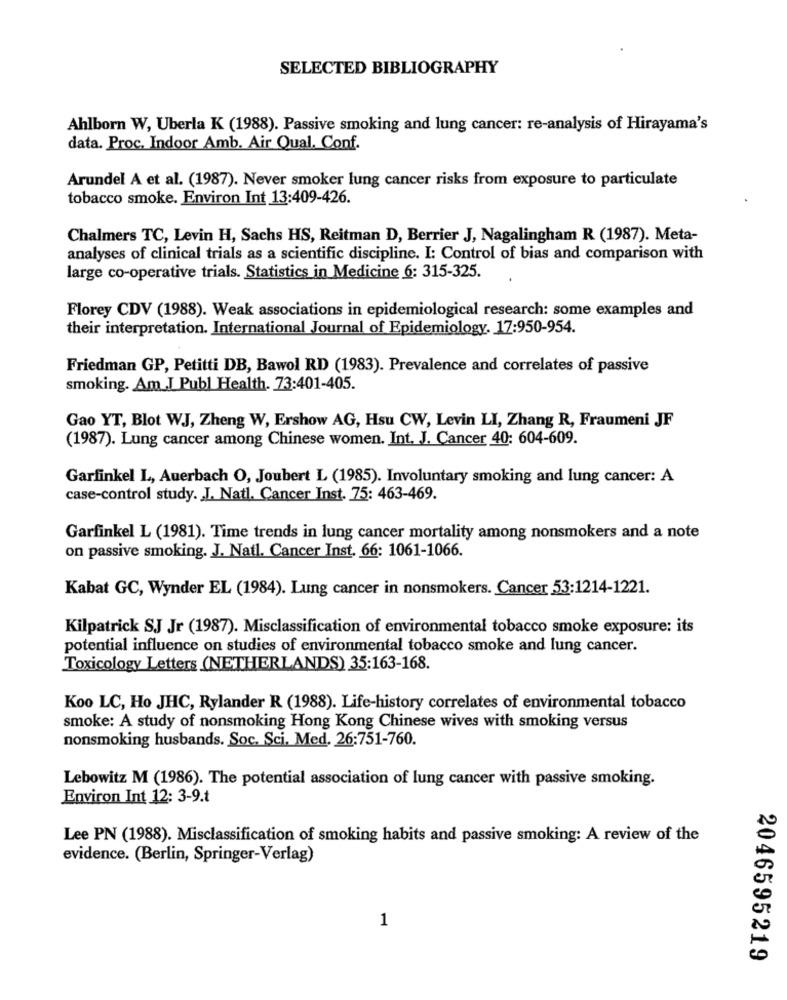
SELECTED BIBLIOGRAPHY
Ahlborn W, Uberla K (1988). Passive smoking and lung cancer: re-analysis of Hirayama's
data. Proc, Indoor Amb. Air Qual. Conf.
Arundel A et al. (1987). Never smoker lung cancer risks from exposure to particulate
tobacco smoke. Environ Int 13:409-426.
Chalmers TC, Levin H, Sachs HS, Reitman D, Berrier J, Nagalingham R (1987). Meta-
analyses of clinical trials as a scientific discipline. I: Control of bias and comparison with
large co-operative trials. Statistics in Medicine 6: 315-325.
Florey CDV (1988). Weak associations in epidemiological research: some examples and
their interpretation. International Journal of Epidemiology. 17:950-954.
Friedman GP, Petitti DB, Bawol RD (1983). Prevalence and correlates of passive
smoking. Am J Publ Health. 73:401-405.
Gao YT, Blot WJ, Zheng W, Ershow AG, Hsu CW, Levin LI, Zhang R, Fraumeni JF
(1987). Lung cancer among Chinese women. Int. J. Cancer 40: 604-609.
Garfinkel L, Auerbach O, Joubert L (1985). Involuntary smoking and lung cancer: A
case-control study. J. Natl. Cancer Inst. 75: 463-469.
Garfinkel L (1981). Time trends in lung cancer mortality among nonsmokers and a note
on passive smoking. J. Natl. Cancer Inst. 66: 1061-1066.
Kabat GC, Wynder EL (1984). Lung cancer in nonsmokers. Cancer 53:1214-1221.
Kilpatrick SJ Jr (1987). Misclassification of environmental tobacco smoke exposure: its
potential influence on studies of environmental tobacco smoke and lung cancer.
Toxicology Letters (NETHERLANDS) 35:163-168.
Koo LC, Ho JHC, Rylander R (1988). Life-history correlates of environmental tobacco
smoke: A study of nonsmoking Hong Kong Chinese wives with smoking versus
nonsmoking husbands. Soc. Sci. Med. 26:751-760.
Lebowitz M (1986). The potential association of lung cancer with passive smoking.
Environ Int 12: 3-9.t
Lee PN (1988). Misclassification of smoking habits and passive smoking: A review of the
evidence. (Berlin, Springer-Verlag)
1
2046595219